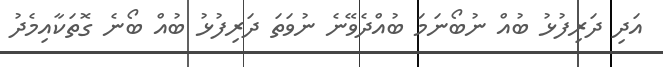
އަދި ދަރިފުޅު ބުއް ނުބޯނަމަ ބުއްދެވޭނެ ނުވަތަ ދަރިފުޅު ބުއް ބޯނެ ގޮތަކާއިމެދު